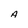
Character: A